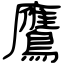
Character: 鷹